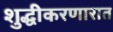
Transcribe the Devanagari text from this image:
शुद्धीकरणारात